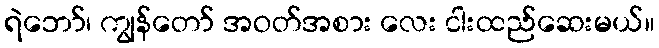
ရဲဘော်၊ ကျွန်တော် အဝတ်အစား လေး ငါးထည်ဆေးမယ်။